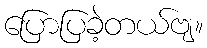
ပြောပြခဲ့တယ်ဗျ။